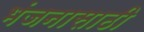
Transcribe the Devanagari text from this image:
भंजनासाठी